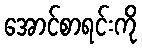
အောင်စာရင်းကို